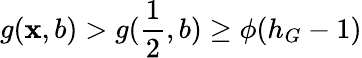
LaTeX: g(\mathbf{x},b)>g(\frac{{1}}{{2}},b)\geq\phi(h_{G}-1)